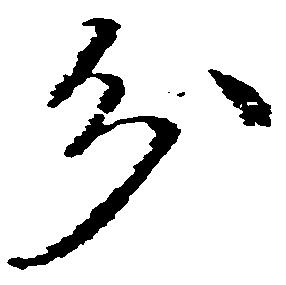
分